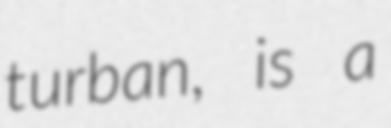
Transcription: turban, is a